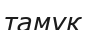
тамұқ